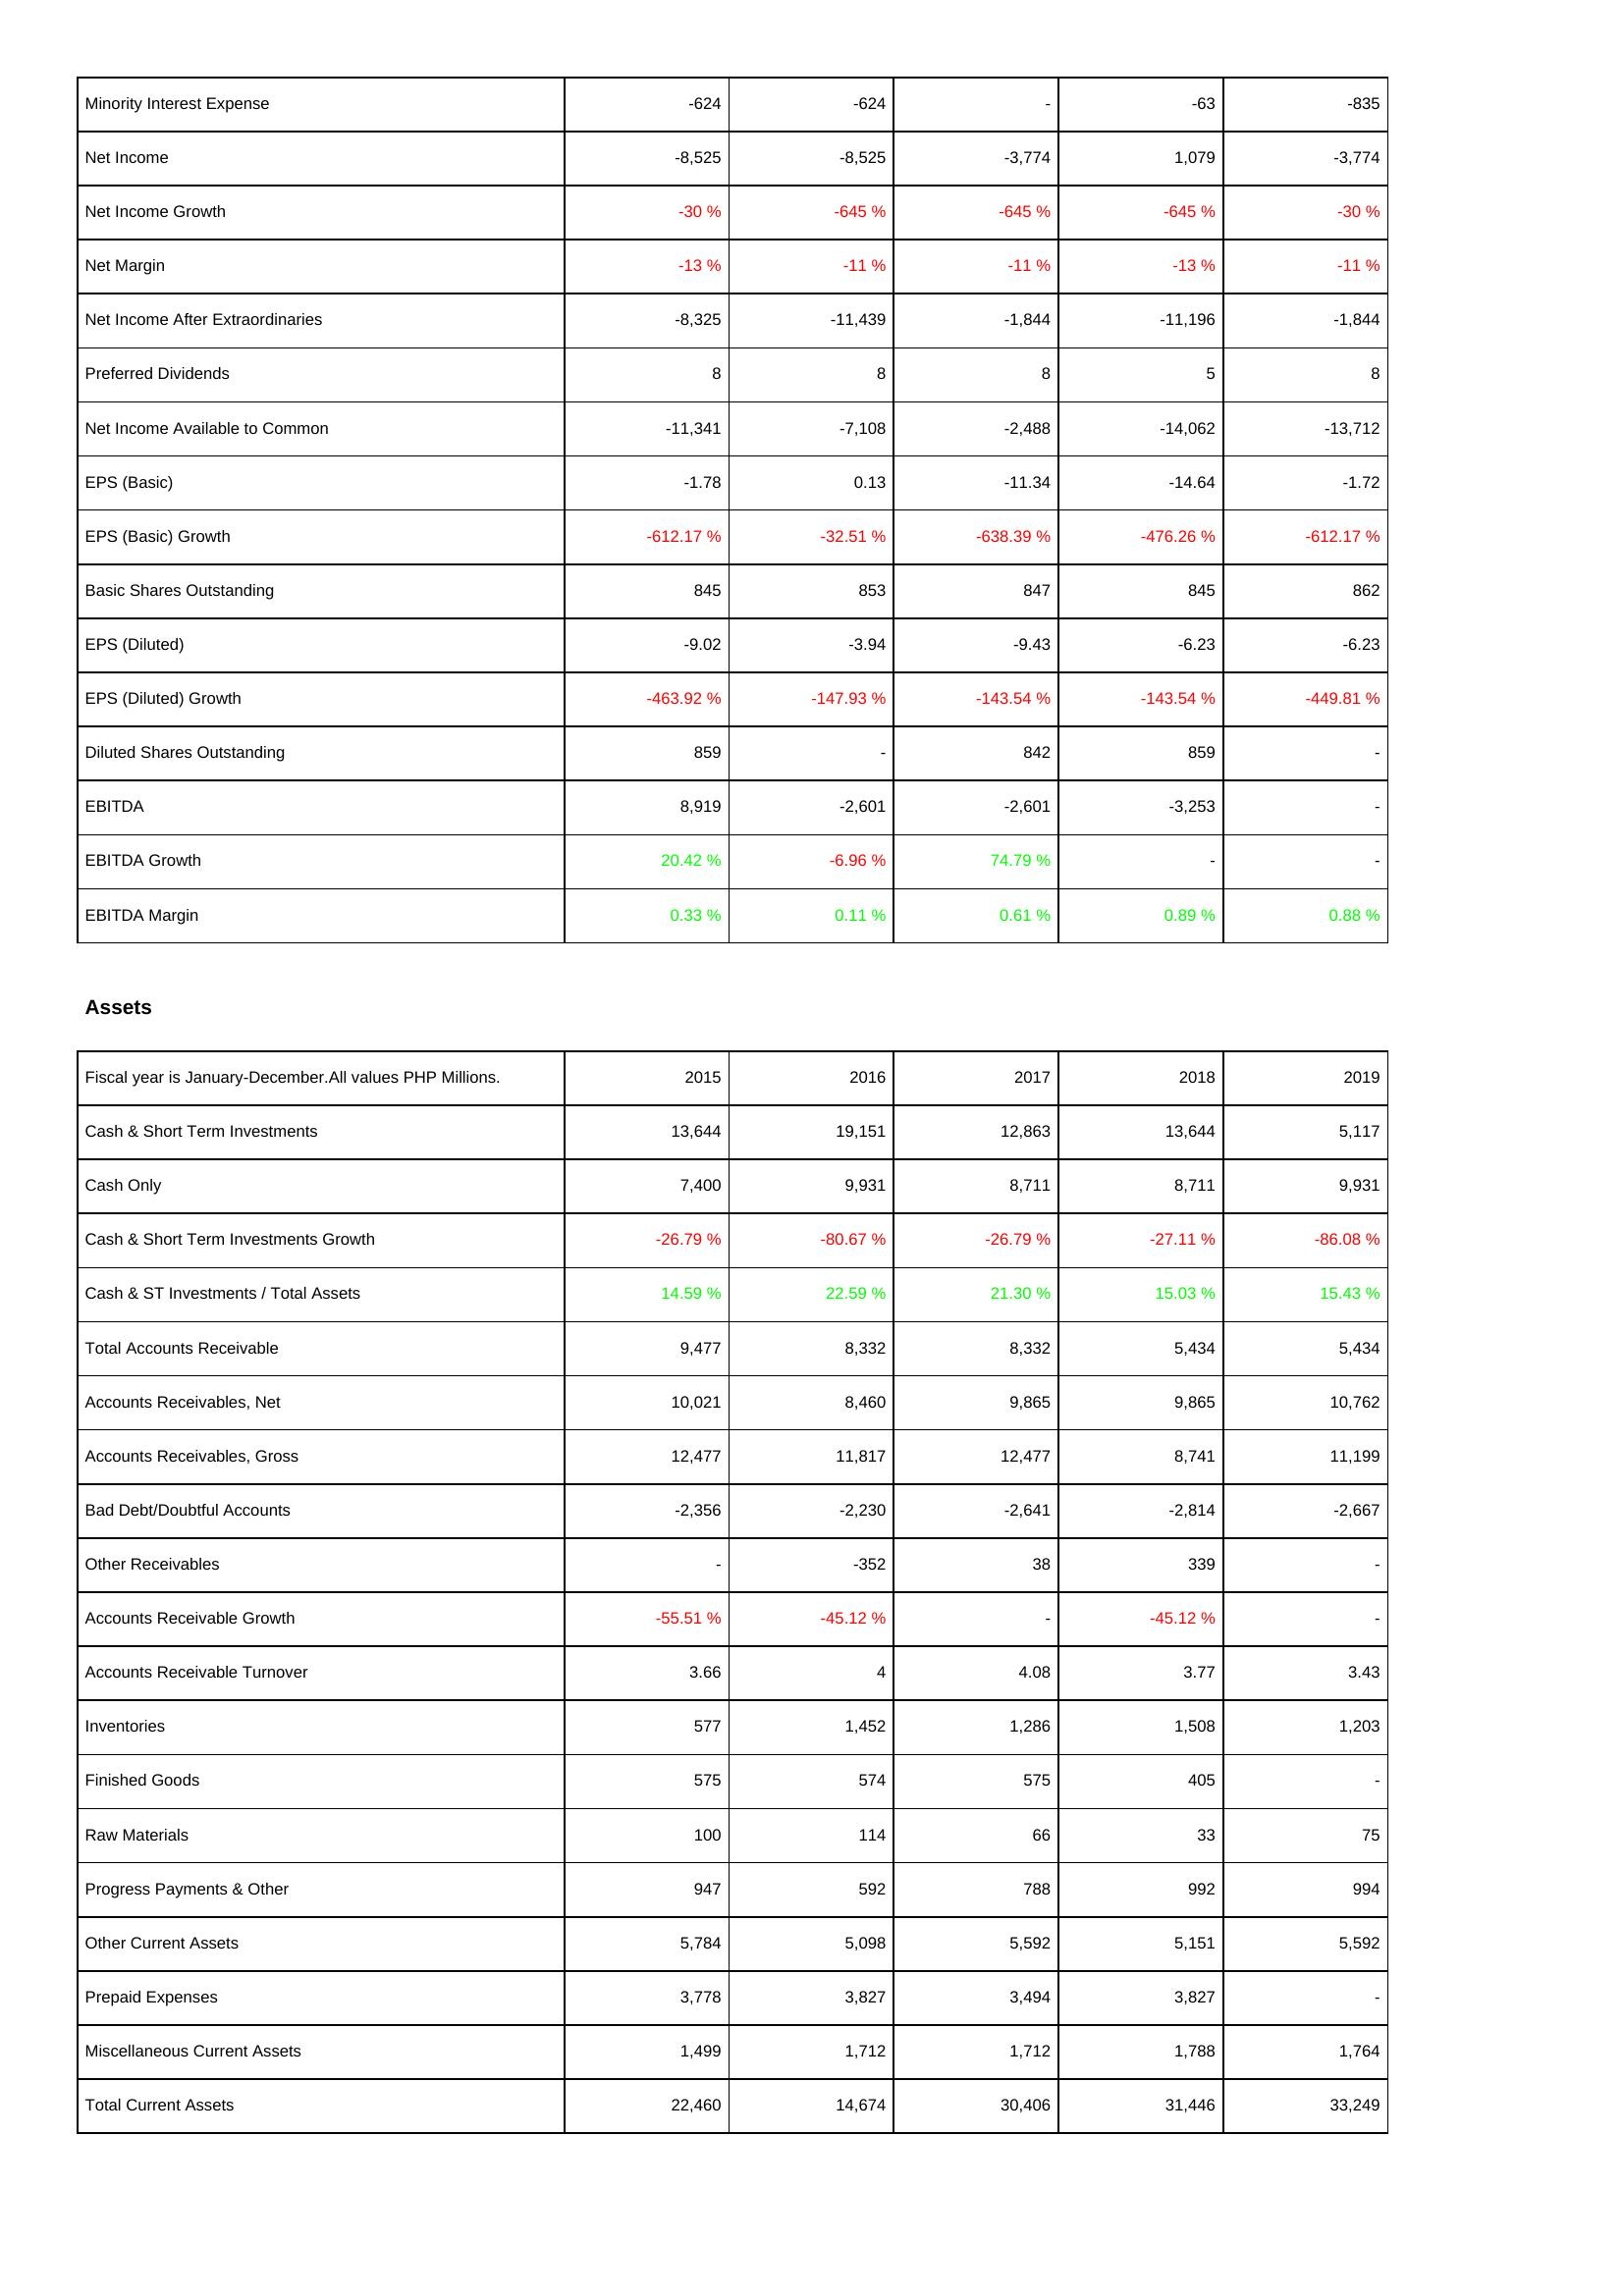
2015: Income Statement: Minority Interest Expense: -624
Net Income: -8,525
Net Income Growth: -30 %
Net Margin: -13 %
Net Income After Extraordinaries: -8,325
Preferred Dividends: 8
Net Income Available to Common: -11,341
EPS (Basic): -1.78
EPS (Basic) Growth: -612.17 %
Basic Shares Outstanding: 845
EPS (Diluted): -9.02
EPS (Diluted) Growth: -463.92 %
Diluted Shares Outstanding: 859
EBITDA: 8,919
EBITDA Growth: 20.42 %
EBITDA Margin: 0.33 %
Assets: Cash & Short Term Investments: 13,644
Cash Only: 7,400
Cash & Short Term Investments Growth: -26.79 %
Cash & ST Investments / Total Assets: 14.59 %
Total Accounts Receivable: 9,477
Accounts Receivables, Net: 10,021
Accounts Receivables, Gross: 12,477
Bad Debt/Doubtful Accounts: -2,356
Other Receivables: -
Accounts Receivable Growth: -55.51 %
Accounts Receivable Turnover: 3.66
Inventories: 577
Finished Goods: 575
Raw Materials: 100
Progress Payments & Other: 947
Other Current Assets: 5,784
Prepaid Expenses: 3,778
Miscellaneous Current Assets: 1,499
Total Current Assets: 22,460
2016: Income Statement: Minority Interest Expense: -624
Net Income: -8,525
Net Income Growth: -645 %
Net Margin: -11 %
Net Income After Extraordinaries: -11,439
Preferred Dividends: 8
Net Income Available to Common: -7,108
EPS (Basic): 0.13
EPS (Basic) Growth: -32.51 %
Basic Shares Outstanding: 853
EPS (Diluted): -3.94
EPS (Diluted) Growth: -147.93 %
Diluted Shares Outstanding: -
EBITDA: -2,601
EBITDA Growth: -6.96 %
EBITDA Margin: 0.11 %
Assets: Cash & Short Term Investments: 19,151
Cash Only: 9,931
Cash & Short Term Investments Growth: -80.67 %
Cash & ST Investments / Total Assets: 22.59 %
Total Accounts Receivable: 8,332
Accounts Receivables, Net: 8,460
Accounts Receivables, Gross: 11,817
Bad Debt/Doubtful Accounts: -2,230
Other Receivables: -352
Accounts Receivable Growth: -45.12 %
Accounts Receivable Turnover: 4
Inventories: 1,452
Finished Goods: 574
Raw Materials: 114
Progress Payments & Other: 592
Other Current Assets: 5,098
Prepaid Expenses: 3,827
Miscellaneous Current Assets: 1,712
Total Current Assets: 14,674
2017: Income Statement: Minority Interest Expense: -
Net Income: -3,774
Net Income Growth: -645 %
Net Margin: -11 %
Net Income After Extraordinaries: -1,844
Preferred Dividends: 8
Net Income Available to Common: -2,488
EPS (Basic): -11.34
EPS (Basic) Growth: -638.39 %
Basic Shares Outstanding: 847
EPS (Diluted): -9.43
EPS (Diluted) Growth: -143.54 %
Diluted Shares Outstanding: 842
EBITDA: -2,601
EBITDA Growth: 74.79 %
EBITDA Margin: 0.61 %
Assets: Cash & Short Term Investments: 12,863
Cash Only: 8,711
Cash & Short Term Investments Growth: -26.79 %
Cash & ST Investments / Total Assets: 21.30 %
Total Accounts Receivable: 8,332
Accounts Receivables, Net: 9,865
Accounts Receivables, Gross: 12,477
Bad Debt/Doubtful Accounts: -2,641
Other Receivables: 38
Accounts Receivable Growth: -
Accounts Receivable Turnover: 4.08
Inventories: 1,286
Finished Goods: 575
Raw Materials: 66
Progress Payments & Other: 788
Other Current Assets: 5,592
Prepaid Expenses: 3,494
Miscellaneous Current Assets: 1,712
Total Current Assets: 30,406
2018: Income Statement: Minority Interest Expense: -63
Net Income: 1,079
Net Income Growth: -645 %
Net Margin: -13 %
Net Income After Extraordinaries: -11,196
Preferred Dividends: 5
Net Income Available to Common: -14,062
EPS (Basic): -14.64
EPS (Basic) Growth: -476.26 %
Basic Shares Outstanding: 845
EPS (Diluted): -6.23
EPS (Diluted) Growth: -143.54 %
Diluted Shares Outstanding: 859
EBITDA: -3,253
EBITDA Growth: -
EBITDA Margin: 0.89 %
Assets: Cash & Short Term Investments: 13,644
Cash Only: 8,711
Cash & Short Term Investments Growth: -27.11 %
Cash & ST Investments / Total Assets: 15.03 %
Total Accounts Receivable: 5,434
Accounts Receivables, Net: 9,865
Accounts Receivables, Gross: 8,741
Bad Debt/Doubtful Accounts: -2,814
Other Receivables: 339
Accounts Receivable Growth: -45.12 %
Accounts Receivable Turnover: 3.77
Inventories: 1,508
Finished Goods: 405
Raw Materials: 33
Progress Payments & Other: 992
Other Current Assets: 5,151
Prepaid Expenses: 3,827
Miscellaneous Current Assets: 1,788
Total Current Assets: 31,446
2019: Income Statement: Minority Interest Expense: -835
Net Income: -3,774
Net Income Growth: -30 %
Net Margin: -11 %
Net Income After Extraordinaries: -1,844
Preferred Dividends: 8
Net Income Available to Common: -13,712
EPS (Basic): -1.72
EPS (Basic) Growth: -612.17 %
Basic Shares Outstanding: 862
EPS (Diluted): -6.23
EPS (Diluted) Growth: -449.81 %
Diluted Shares Outstanding: -
EBITDA: -
EBITDA Growth: -
EBITDA Margin: 0.88 %
Assets: Cash & Short Term Investments: 5,117
Cash Only: 9,931
Cash & Short Term Investments Growth: -86.08 %
Cash & ST Investments / Total Assets: 15.43 %
Total Accounts Receivable: 5,434
Accounts Receivables, Net: 10,762
Accounts Receivables, Gross: 11,199
Bad Debt/Doubtful Accounts: -2,667
Other Receivables: -
Accounts Receivable Growth: -
Accounts Receivable Turnover: 3.43
Inventories: 1,203
Finished Goods: -
Raw Materials: 75
Progress Payments & Other: 994
Other Current Assets: 5,592
Prepaid Expenses: -
Miscellaneous Current Assets: 1,764
Total Current Assets: 33,249